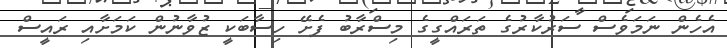
އެހެން ނަމަވެެސް ސަރުކާރުގެ ތަރައްގީގެ މިސްރާާބު ފެށޭ ހިސާބަކީ ޒުވާނުން ކަމަށާއި ރައީސް